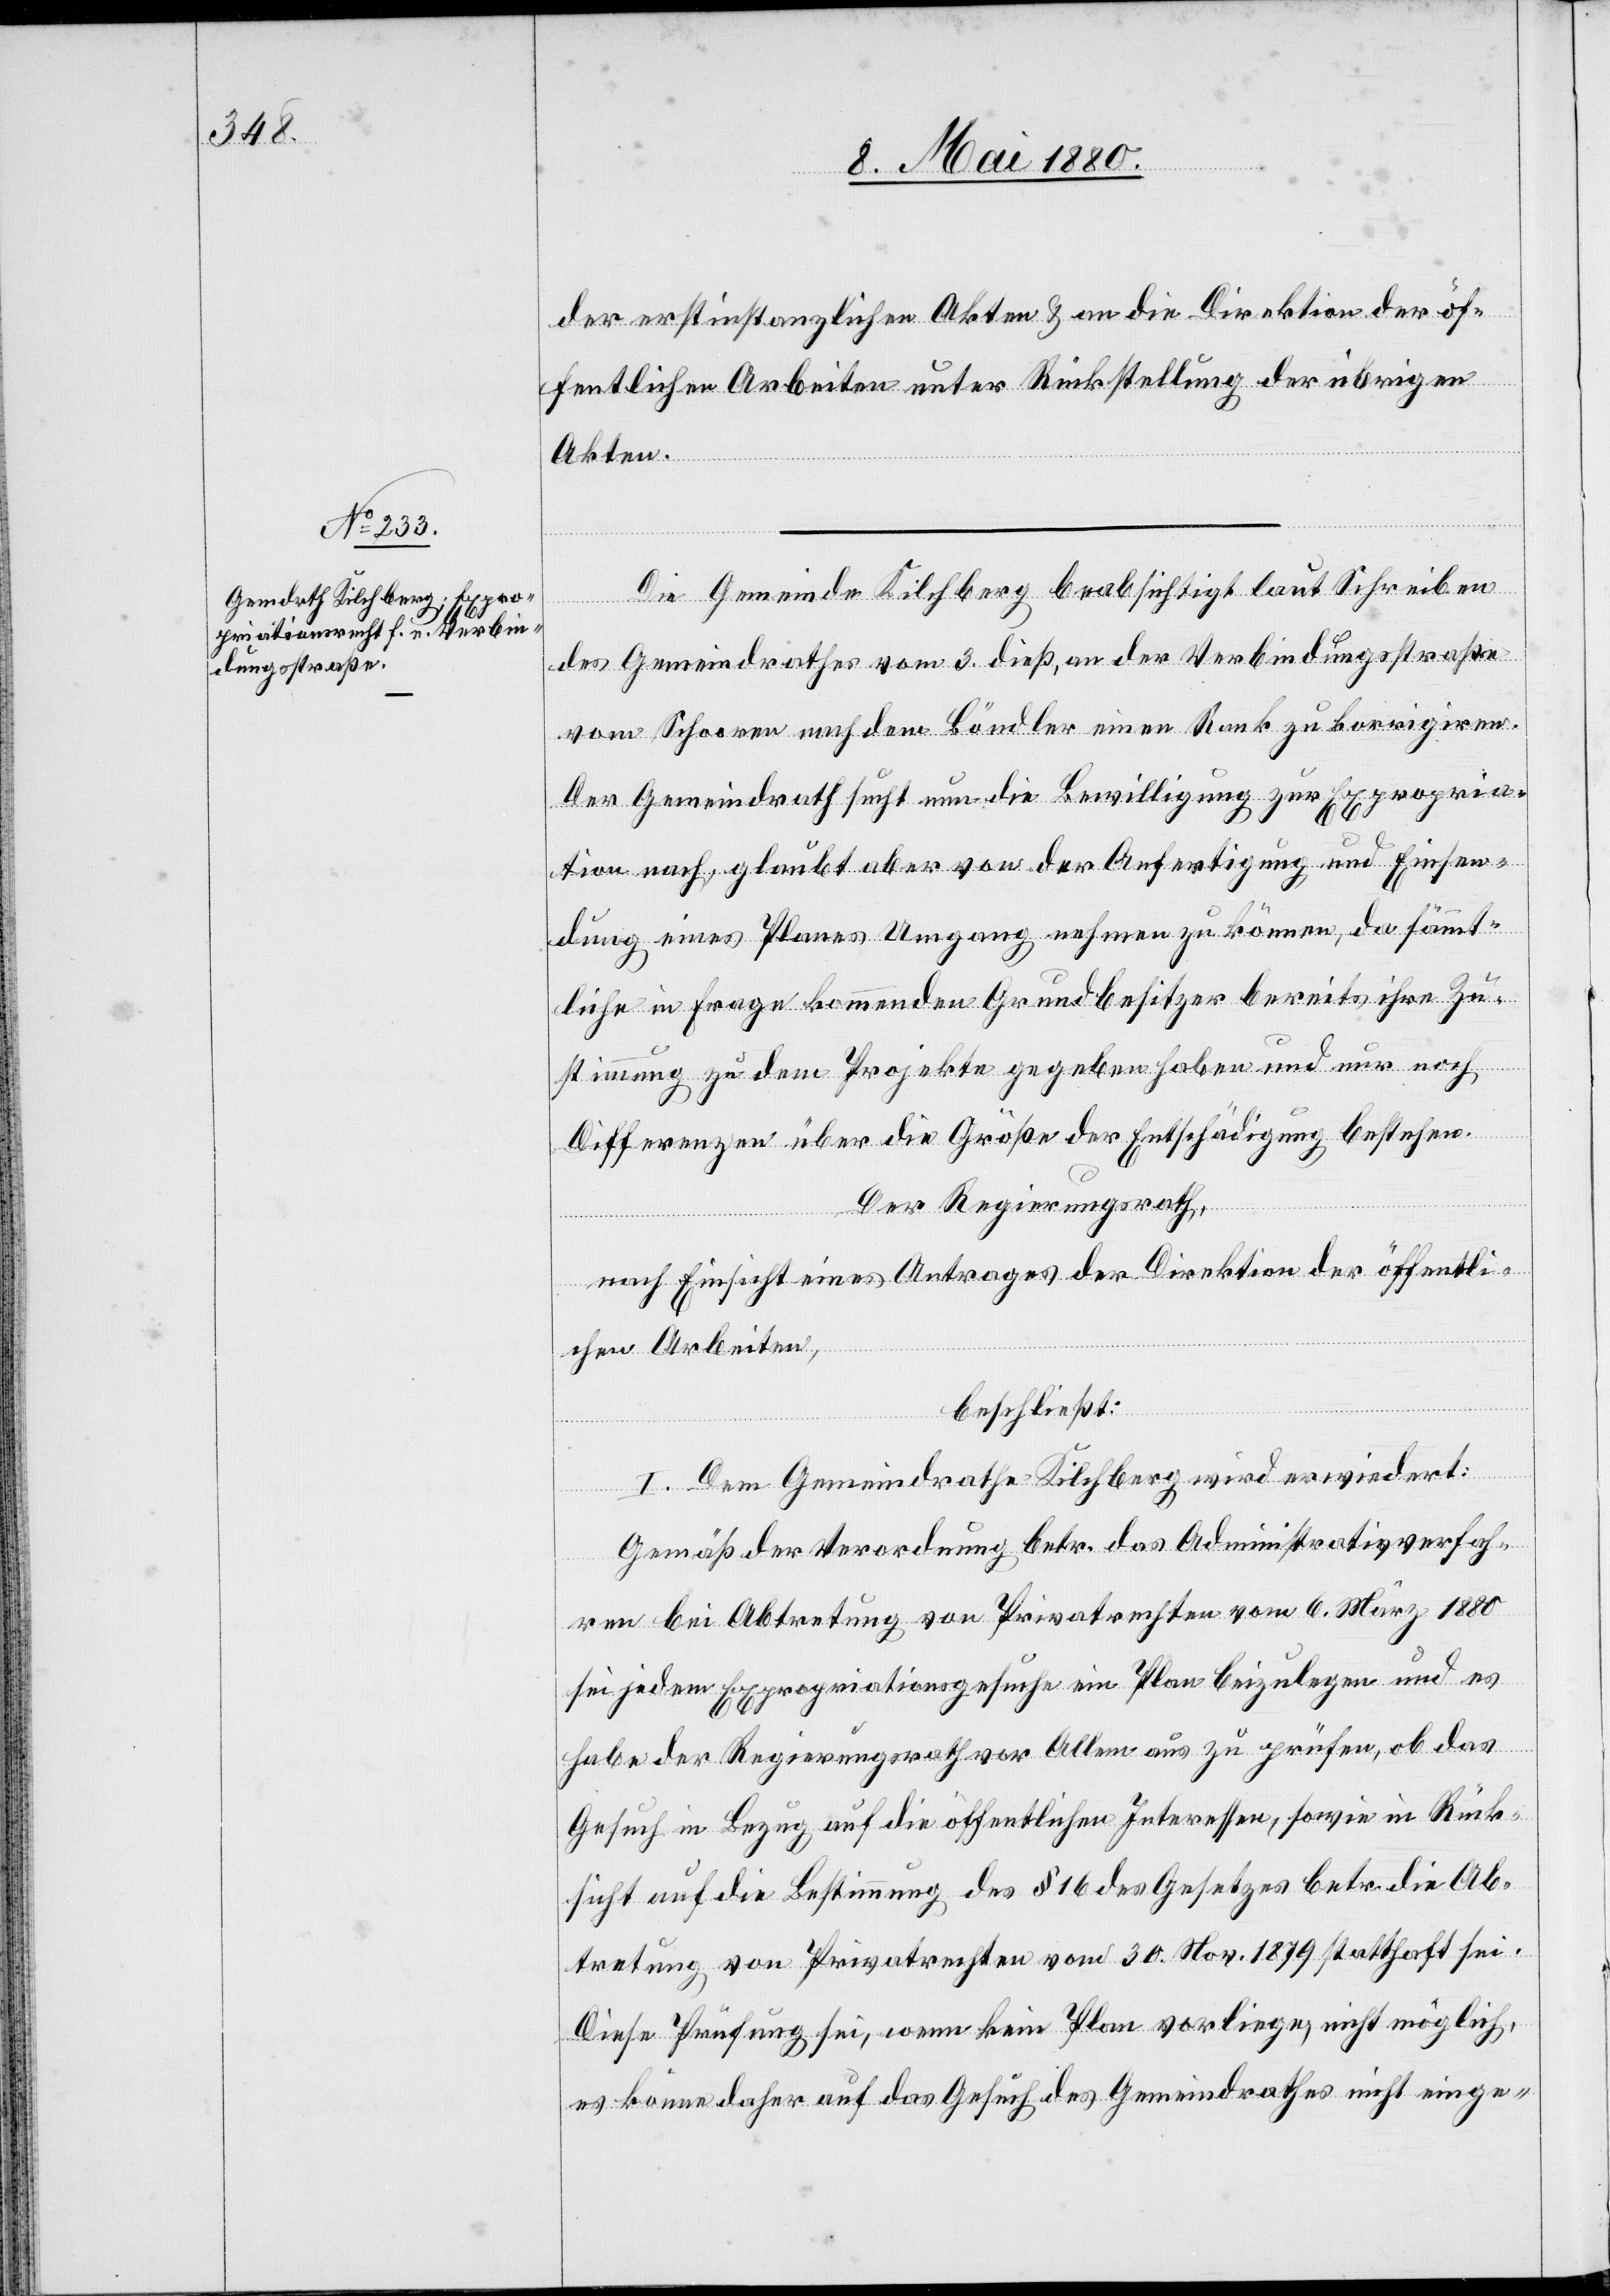
der erstinstanzlichen Akten & an die Direktion der öf¬
fentlichen Arbeiten unter Rückstellung der übrigen
Akten.
Die Gemeinde Kilchberg beabsichtigt laut Schreiben
des Gemeindrathes vom 3. dieß, an der Verbindungsstraße
vom Schooren nach dem Böndler einen Rank zu korrigiren.
Der Gemeindrath such nun die Bewilligung zur Expropria¬
tion nach, glaubt aber von der Anfertigung und Einsen¬
dung eines Planes Umgang nehmen zu können, da sämmt¬
liche in Frage kommenden Grundbesitzer bereits ihre Zu¬
stimmung zu dem Projekte gegeben haben und nur noch
Differenzen über die Größe der Entschädigung bestehen.
Der Regierungsrath,
nach Einsicht eines Antrages der Direktion der öffentli¬
chen Arbeiten,
beschließt:
I. Dem Gemeindrath Kilchberg wird erwiedert:
Gemäß der Verordnung betr. das Administrativverfah¬
ren bei Abtretung von Privatrechten vom 6. März 1880
sei jedem Expropriationsgesuche ein Plan beizulegen und es
habe der Regierungsrath vor Allem aus zu prüfen, ob das
Gesuch in Bezug auf die öffentlichen Interessen, sowie in Rück¬
sicht auf die Bestimmung des § 16 des Gesetzes betr. die Ab¬
tretung von Privatrechten vom 30. Nov. 1879 statthaft sei.
Diese Prüfung sei, wenn kein Plan vorliege, nicht möglich,
es könne daher auf das Gesuch des Gemeindrathes nicht einge-